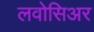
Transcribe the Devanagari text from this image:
लवोसिअर